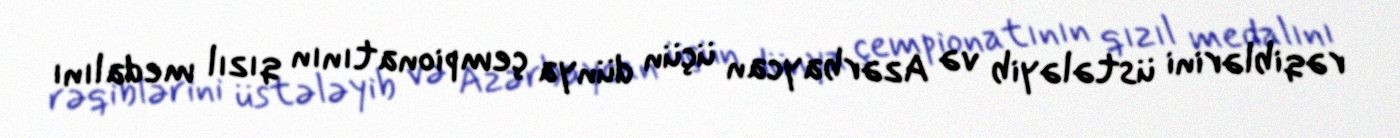
rəqiblərini üstələyib və Azərbaycan üçün dünya çempionatının qızıl medalını